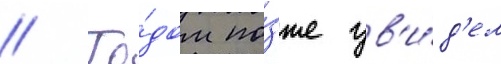
// Го́дом по́зже ув'и́д'ел